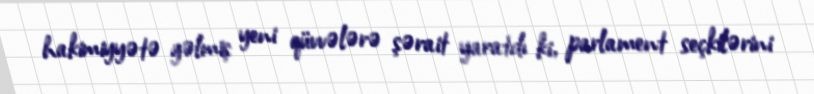
hakimiyyətə gəlmiş yeni qüvvələrə şərait yaratdı ki, parlament seçkilərini